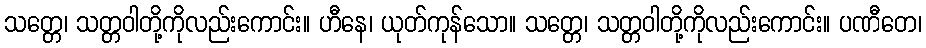
သတ္တေ၊ သတ္တဝါတို့ကိုလည်းကောင်း။ ဟီနေ၊ ယုတ်ကုန်သော။ သတ္တေ၊ သတ္တဝါတို့ကိုလည်းကောင်း။ ပဏီတေ၊